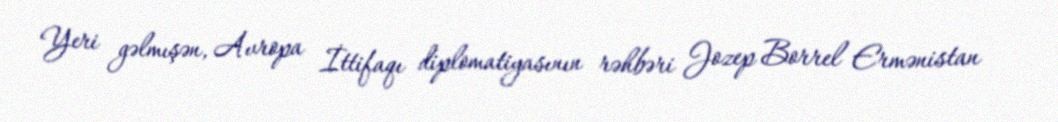
Yeri gəlmışən, Avropa İttifaqı diplomatiyasının rəhbəri Jozep Borrel Ermənistan